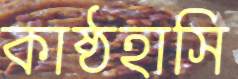
কাষ্ঠহাসি